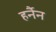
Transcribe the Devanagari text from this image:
हर्नैन